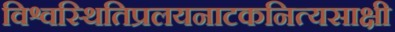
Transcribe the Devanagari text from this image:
विश्वस्थितिप्रलयनाटकनित्यसाक्षी